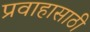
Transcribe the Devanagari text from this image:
प्रवाहासाठी